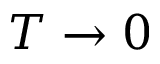
T \rightarrow 0